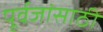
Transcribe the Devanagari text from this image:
पूर्वजांसाठी